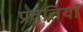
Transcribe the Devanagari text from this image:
प्रवृत्तियॉं